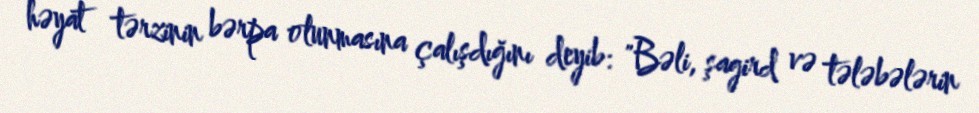
həyat tərzinin bərpa olunmasına çalışdığını deyib: "Bəli, şagird və tələbələrin